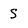
Character: S